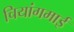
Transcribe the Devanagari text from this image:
चियांगमाई